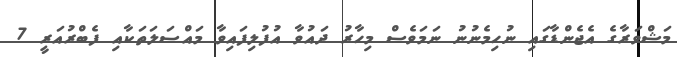
މަޝްވަރާގެ އެޖެންޑާގައި ނުހިމެނުނު ނަމަވެސް މިހާރު ދައުވާ އުފުލިފައިވާ މައްސަލަތަކާއި ފެބްރުއަރީ 7